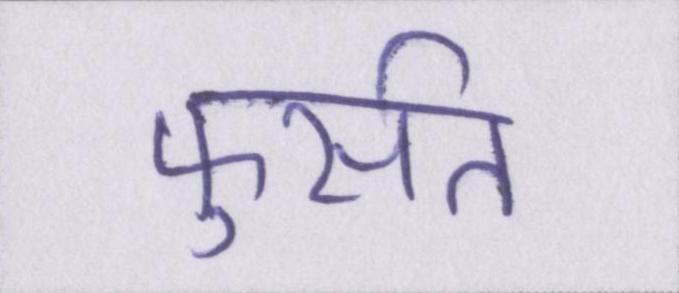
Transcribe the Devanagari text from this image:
फुर्सत